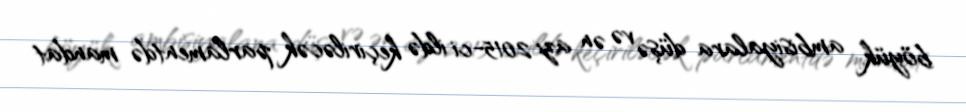
böyük ambisiyalara düşə və ən azı 2015-ci ildə keçiriləcək parlamentdə mandat